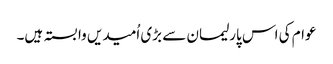
عوام کی اس پارلیمان سے بڑی اُمیدیں وابستہ ہیں۔